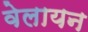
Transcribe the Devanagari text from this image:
वेलायन